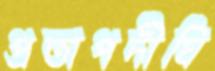
প্রতাপদীঘি